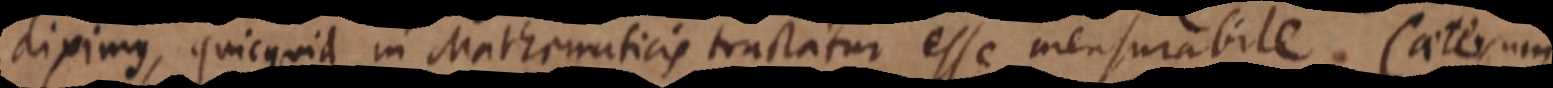
diximus, quicquid in Mathematicis tractatur esse mensurabile. Caeterum